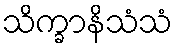
သိက္ခာနိသံသံ